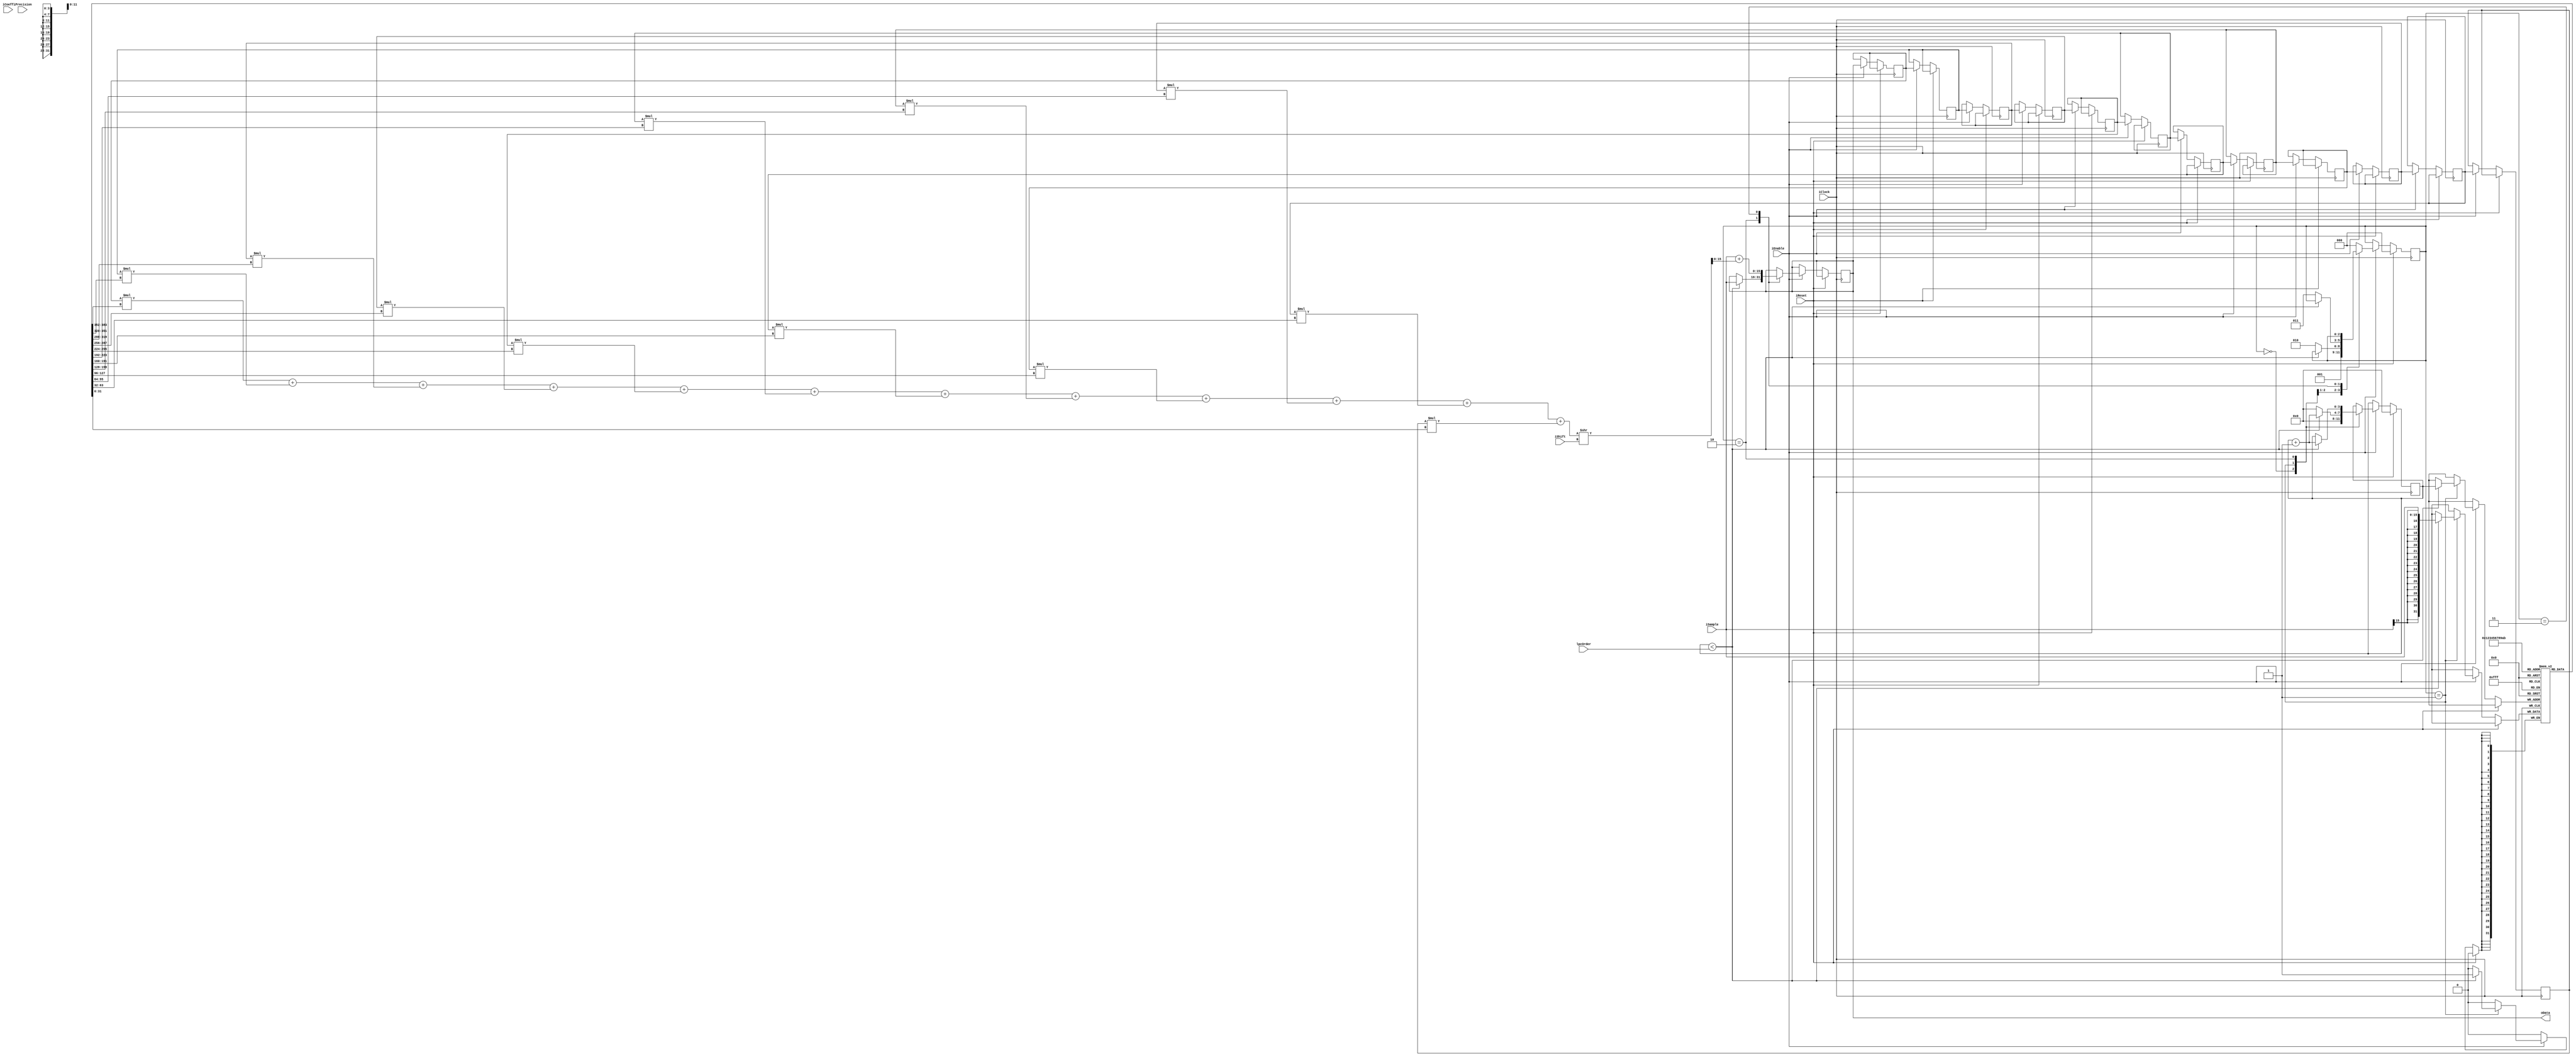
module LPCDecoder(input iClock,
						input iReset,
						input iEnable,
						input [3:0] iPrecision,
						input [4:0] iShift,
						input signed [31:0] iCoeff,
						input [5:0] lpcOrder,
						input signed [15:0] iSample,
						output signed [15:0] oData);

reg signed [31:0] coeffs [11:0]; // Max order is 12
reg signed[15:0] dataq [12:0]; // Shift register to hold past audio samples
reg [3:0] sample_count; // Counts the number of warmup samples before starting decoding
reg [2:0] state; 

assign oData = dataq[0];

parameter S_INIT = 2'b00, S_COEFF = 2'b01, S_WARMUP = 2'b10, S_DECODE = 2'b11;

always @(posedge iClock) begin
	if (iReset) begin
		// Reset things
		sample_count <= 0;
		state <= 0;
	end else if (iEnable) begin
		/* Shift the shift register ... */
		dataq[12] <= dataq[11];
		dataq[11] <= dataq[10];
		dataq[10] <= dataq[9];
		dataq[9] <= dataq[8];
		dataq[8] <= dataq[7];
		dataq[7] <= dataq[6];
		dataq[6] <= dataq[5];
		dataq[5] <= dataq[4];
		dataq[4] <= dataq[3];
		dataq[3] <= dataq[2];
		dataq[2] <= dataq[1];
		dataq[1] <= dataq[0];
	
		case (state)
		S_INIT: 
			begin
			state <= S_COEFF;
			sample_count <= 0;
			end
		S_COEFF:
			if (sample_count < lpcOrder) begin
				coeffs[sample_count] <= iSample;
				sample_count = sample_count + 1'b1;
			end else begin// Question, does this mean we need to wait a clock cycle between feeding in warmup and coeefs???
				state <= S_WARMUP;
				sample_count <= 1'b0;
			end
		S_WARMUP:
			if (sample_count < lpcOrder) begin
				dataq[0] <= iSample;
				sample_count <= sample_count + 1'b1;
			end else begin
				state <= S_DECODE;
			end
		S_DECODE:
			dataq[0] <= iSample + 
						 ((dataq[1]*coeffs[0] + dataq[2]*coeffs[1] + dataq[3]*coeffs[2] +
							dataq[4]*coeffs[3] + dataq[5]*coeffs[4] + dataq[6]*coeffs[5] +
						   dataq[7]*coeffs[6] + dataq[8]*coeffs[7] + dataq[9]*coeffs[8] +
							dataq[10]*coeffs[9] + dataq[11]*coeffs[10] + dataq[12]*coeffs[11]) >> iShift);
							/* This is potentially inefficient use of resources since not all will need all 12 coefficients*/
		default:
			state <= S_INIT;
		endcase
	end
end
endmodule